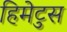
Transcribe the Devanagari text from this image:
हिमेटुस